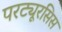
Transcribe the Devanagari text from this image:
परट्यूरसिस